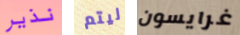
نذير ليتم غرايسون